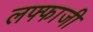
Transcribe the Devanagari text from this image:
लफ्फाजी